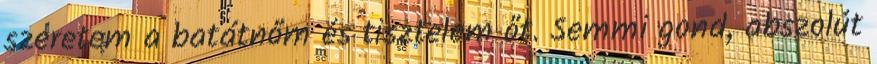
szeretem a batátnőm és tisztelem őt. Semmi gond, abszolút